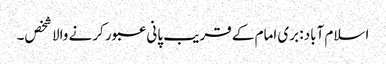
اسلام آباد: بری امام کے قریب پانی عبور کرنے والا شخص۔